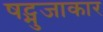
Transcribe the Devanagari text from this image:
षट्भुजाकार